Cholera in India, 1862 to 1881
Year: 1862
Disease focus: Cholera
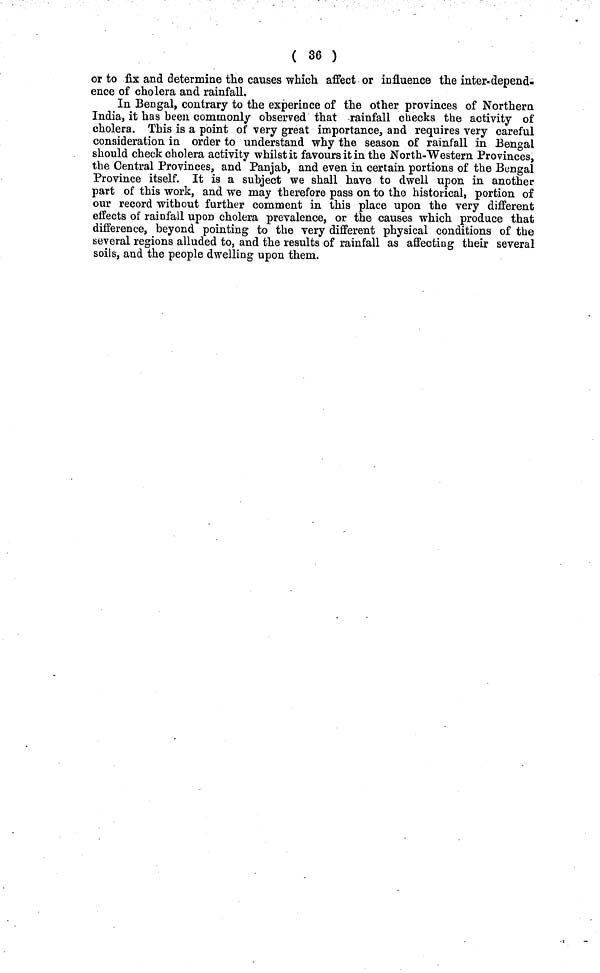
( 36 )
or to fix and determine the causes which affect or influence the inter-depend-
ence of cholera and rainfall.
In Bengal, contrary to the experince of the other provinces of Northern
India, it has been commonly observed that rainfall checks the activity of
cholera. This is a point of very great importance, and requires very careful
consideration in order to understand why the season of rainfall in Bengal
should cheek cholera activity whilst it favours it in the North-Western Provinces,
the Central Provinces, and Panjab, and even in certain portions of the Bengal
Province itself. It is a subject we shall have to dwell upon in another
part of this work, and we may therefore pass on to the historical, portion of
our record without further comment in this place upon the very different
effects of rainfall upon cholera prevalence, or the causes which produce that
difference, beyond pointing to the very different physical conditions of the
several regions alluded to, and the results of rainfall as affecting their several
soils, and the people dwelling upon them.